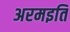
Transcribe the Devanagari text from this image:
अरमइति